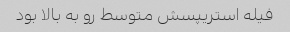
فیله استریپسش متوسط رو به بالا بود